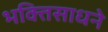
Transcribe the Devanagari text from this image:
भक्तिसाधने